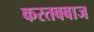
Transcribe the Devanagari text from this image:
करतबबाज